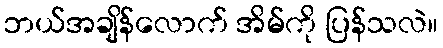
ဘယ်အချိန်လောက် အိမ်ကို ပြန်သလဲ။